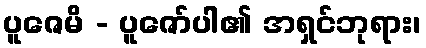
ပူဇေမိ - ပူဇော်ပါ၏ အရှင်ဘုရား၊